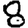
Digit: 8